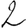
Digit: 2